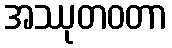
အဿုတဝတာ